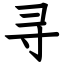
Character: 寻